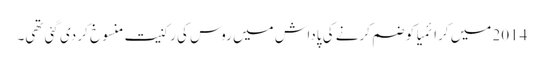
2014 میں کرائمیا کو ضم کرنے کی پاداش میں روس کی رکنیت منسوخ کر دی گئی تھی۔